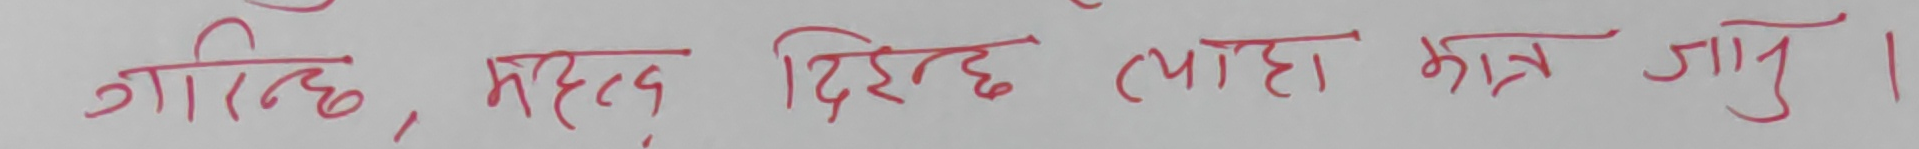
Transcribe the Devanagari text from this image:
गरिन्छ, मद्दत दिईन्छ त्यहाँ मात्र जानु ।